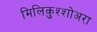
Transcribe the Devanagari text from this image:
मिलिकुश्शोअरा